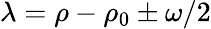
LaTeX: \lambda=\rho-\rho_{0}\pm\omega/2